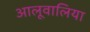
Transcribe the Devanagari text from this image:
आलूवालिया